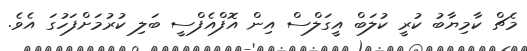
މެޗް ކާމިޔާބު ކުރީ ކުލަބް އީގަލްސް އިން އޮފްއެފްސީ ބަލި ކުރުމަށްފަހުގަ އެވެ.